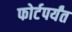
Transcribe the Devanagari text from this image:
फोर्टपर्यंत